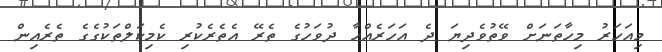
މިއަހަރު މިހާތަނަށް ވޭތުވެދިޔަ ދެ އަހަރެއްހާ ދުވަހުގެ ތެރޭ އެތެރެކުރި ކެމިކަލްތަކުގެގެ ތެރެއިން